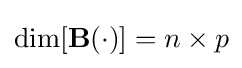
\dim[\mathbf {B} (\cdot )]=n\times p